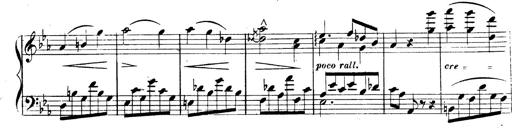
Title: 3 Caprices-Valses
Composer: Franz Liszt